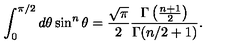
\int _ { 0 } ^ { \pi / 2 } d \theta \sin ^ { n } \theta = \frac { \sqrt { \pi } } { 2 } \frac { \Gamma \left( \frac { n + 1 } { 2 } \right) } { \Gamma ( n / 2 + 1 ) } .